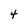
Character: 4